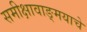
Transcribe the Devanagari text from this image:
समीक्षावाङ्मयाचे